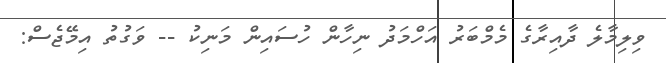
ވިލިމާލެ ދާއިރާގެ މެމްބަރު އަހްމަދު ނިހާން ހުސައިން މަނިކު -- ވަގުތު އިމޭޖެސް: